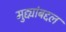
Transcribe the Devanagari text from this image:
मुद्द्यांबद्दल